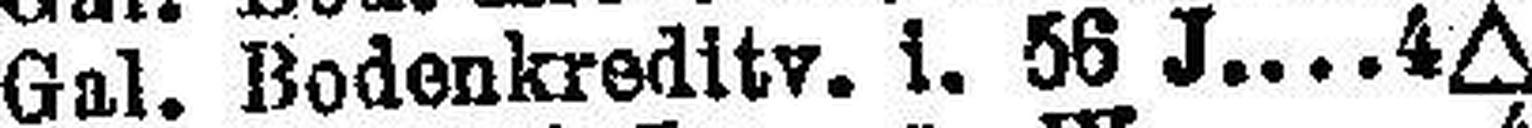
Gal. Bodonkreditv. 1. 56 J 4